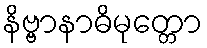
နိဗ္ဗာနာဓိမုတ္တော